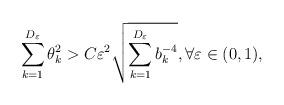
LaTeX: \begin{align*} \sum_{k=1}^{D_\varepsilon} \theta_k^2 > C \varepsilon^2 \sqrt{\sum_{k=1}^{D_\varepsilon} b_k^{-4}}, \forall \varepsilon\in (0,1), \end{align*}